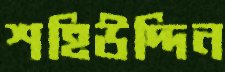
শহিউদ্দিন